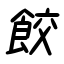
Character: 餃